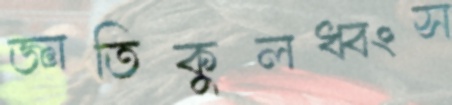
জ্ঞাতিকুলধ্বংস